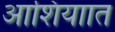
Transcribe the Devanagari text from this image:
आशियाात